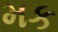
મક